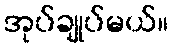
အုပ်ချုပ်မယ်။